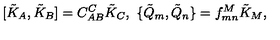
[ \tilde { K } _ { A } , \tilde { K } _ { B } ] = C _ { A B } ^ { C } \tilde { K } _ { C } , \ \{ \tilde { Q } _ { m } , \tilde { Q } _ { n } \} = f _ { m n } ^ { M } \tilde { K } _ { M } ,